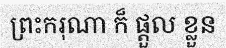
ព្រះករុណា ក៏ ផ្តួល ខ្លួន